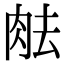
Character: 𦚒